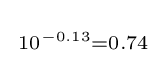
{\begin{smallmatrix}10^{-0.13}=0.74\end{smallmatrix}}